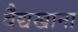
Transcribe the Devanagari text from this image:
वैद्यखाना